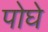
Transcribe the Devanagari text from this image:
पोघे